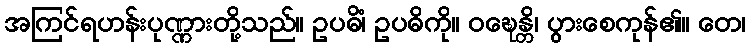
အကြင်ရဟန်းပုဏ္ဏားတို့သည်။ ဥပဓိံ၊ ဥပဓိကို။ ဝဍ္ဎေန္တိ၊ ပွားစေကုန်၏။ တေ၊